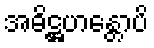
အဓိဋ္ဌဟန္တောပိ